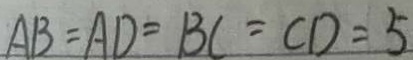
A B = A D = B C = C D = 5